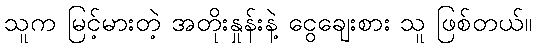
သူက မြင့်မားတဲ့ အတိုးနှုန်းနဲ့ ငွေချေးစား သူ ဖြစ်တယ်။